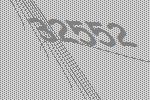
32552